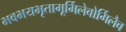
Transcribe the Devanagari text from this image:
भवभयभृतामूर्मिलेवोर्मिलैव